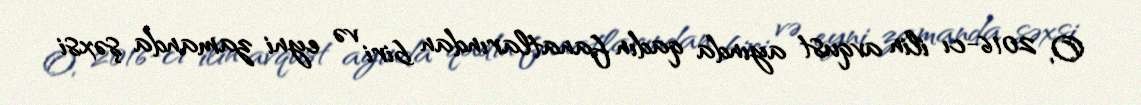
O, 2016-cı ilin avqust ayında qadın fanatlarından biri və eyni zamanda şəxsi